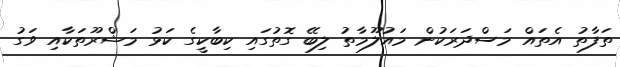
ތަފާތު އެތައް މަސްދަރަކުން މައުލޫމާތު ލިބޭ ގޮތުގައި ކިބާކީގެ ކަޅު މަޝްރޫތަކާއި ވަގު